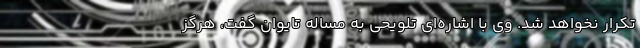
تکرار نخواهد شد. وی با اشاره‌ای تلویحی به مساله تایوان گفت، هرگز